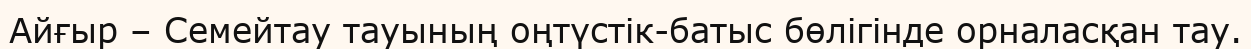
Айғыр – Семейтау тауының оңтүстік-батыс бөлігінде орналасқан тау.